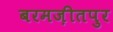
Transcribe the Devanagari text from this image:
बरमज़ीतपुर